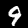
Digit: 9